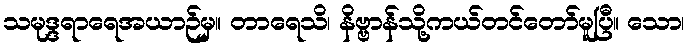
သမုဒ္ဒရာရေအယာဉ်မှ။ တာရေသိ၊ နိဗ္ဗာန်သို့ကယ်တင်တော်မူပြီ။ သော၊